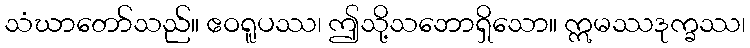
သံဃာတော်သည်။ ဧဝရူပဿ၊ ဤသို့သဘောရှိသော။ ဣမဿဒုက္ခဿ၊